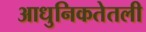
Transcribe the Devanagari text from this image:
आधुनिकतेतली